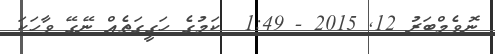
ނޮވެމްބަރު 12